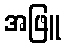
အဖြူ